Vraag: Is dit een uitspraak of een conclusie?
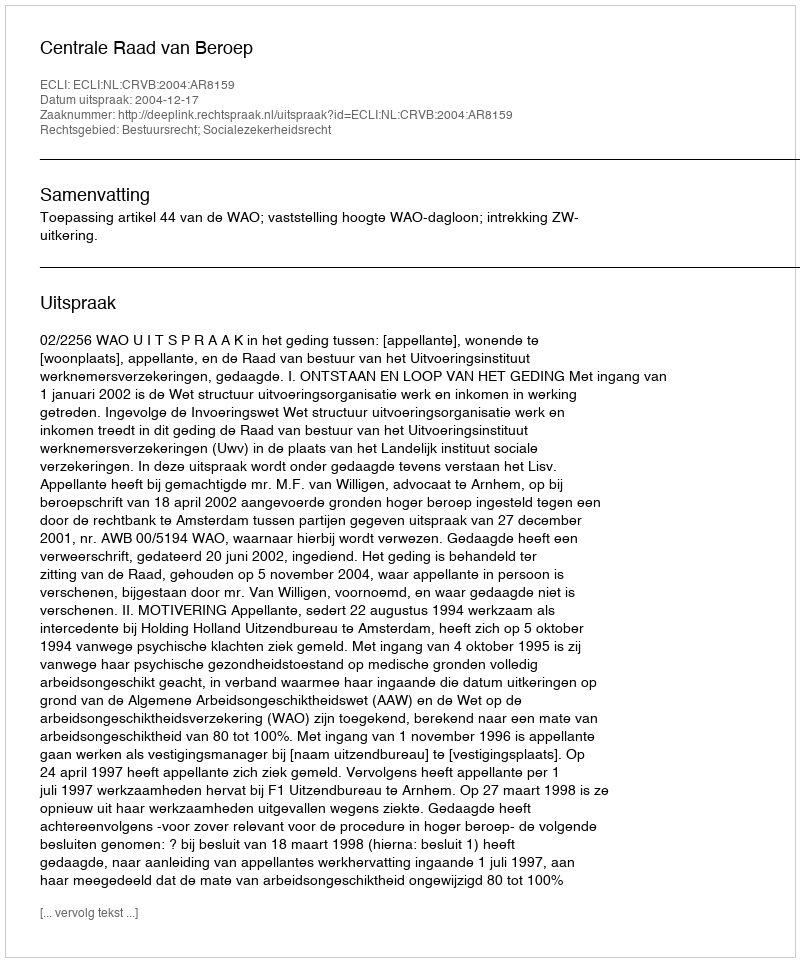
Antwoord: Uitspraak